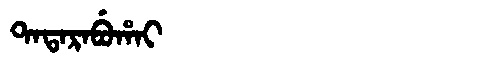
Manchu: ᡨᠠᡨᠠᡵᠠᠪᡠᡥᠠᡳ
Romanization: TATARABUHAI